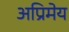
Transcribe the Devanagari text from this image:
अप्रिमेय